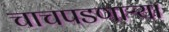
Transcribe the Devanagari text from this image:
चाचपडणाऱ्या